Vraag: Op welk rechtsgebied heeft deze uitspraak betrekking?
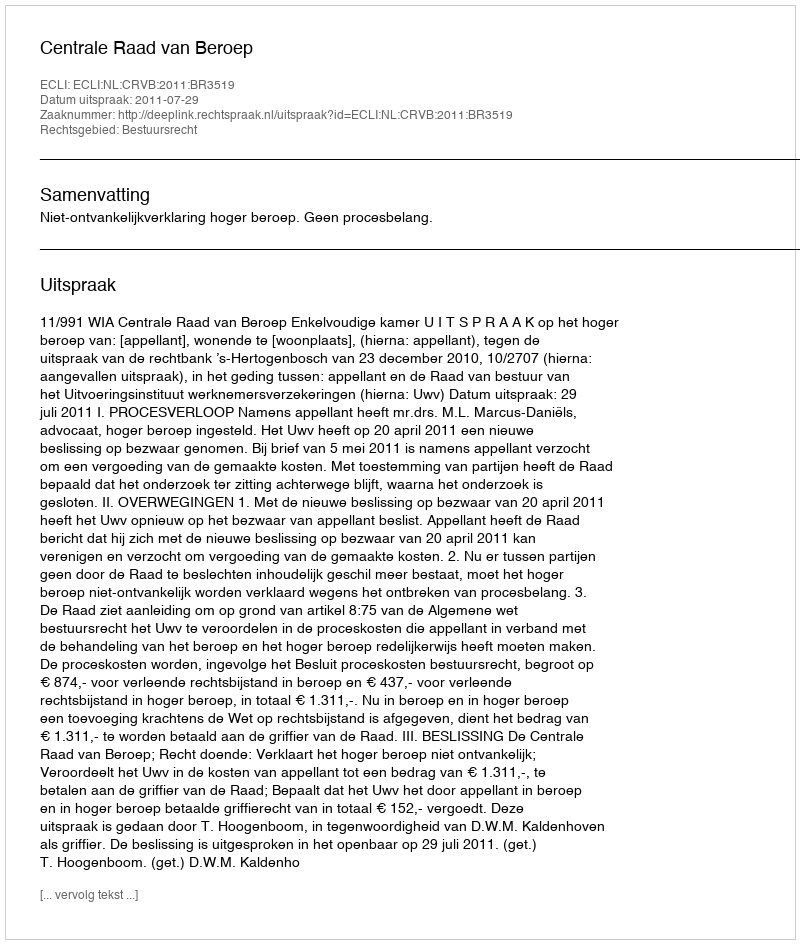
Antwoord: Bestuursrecht